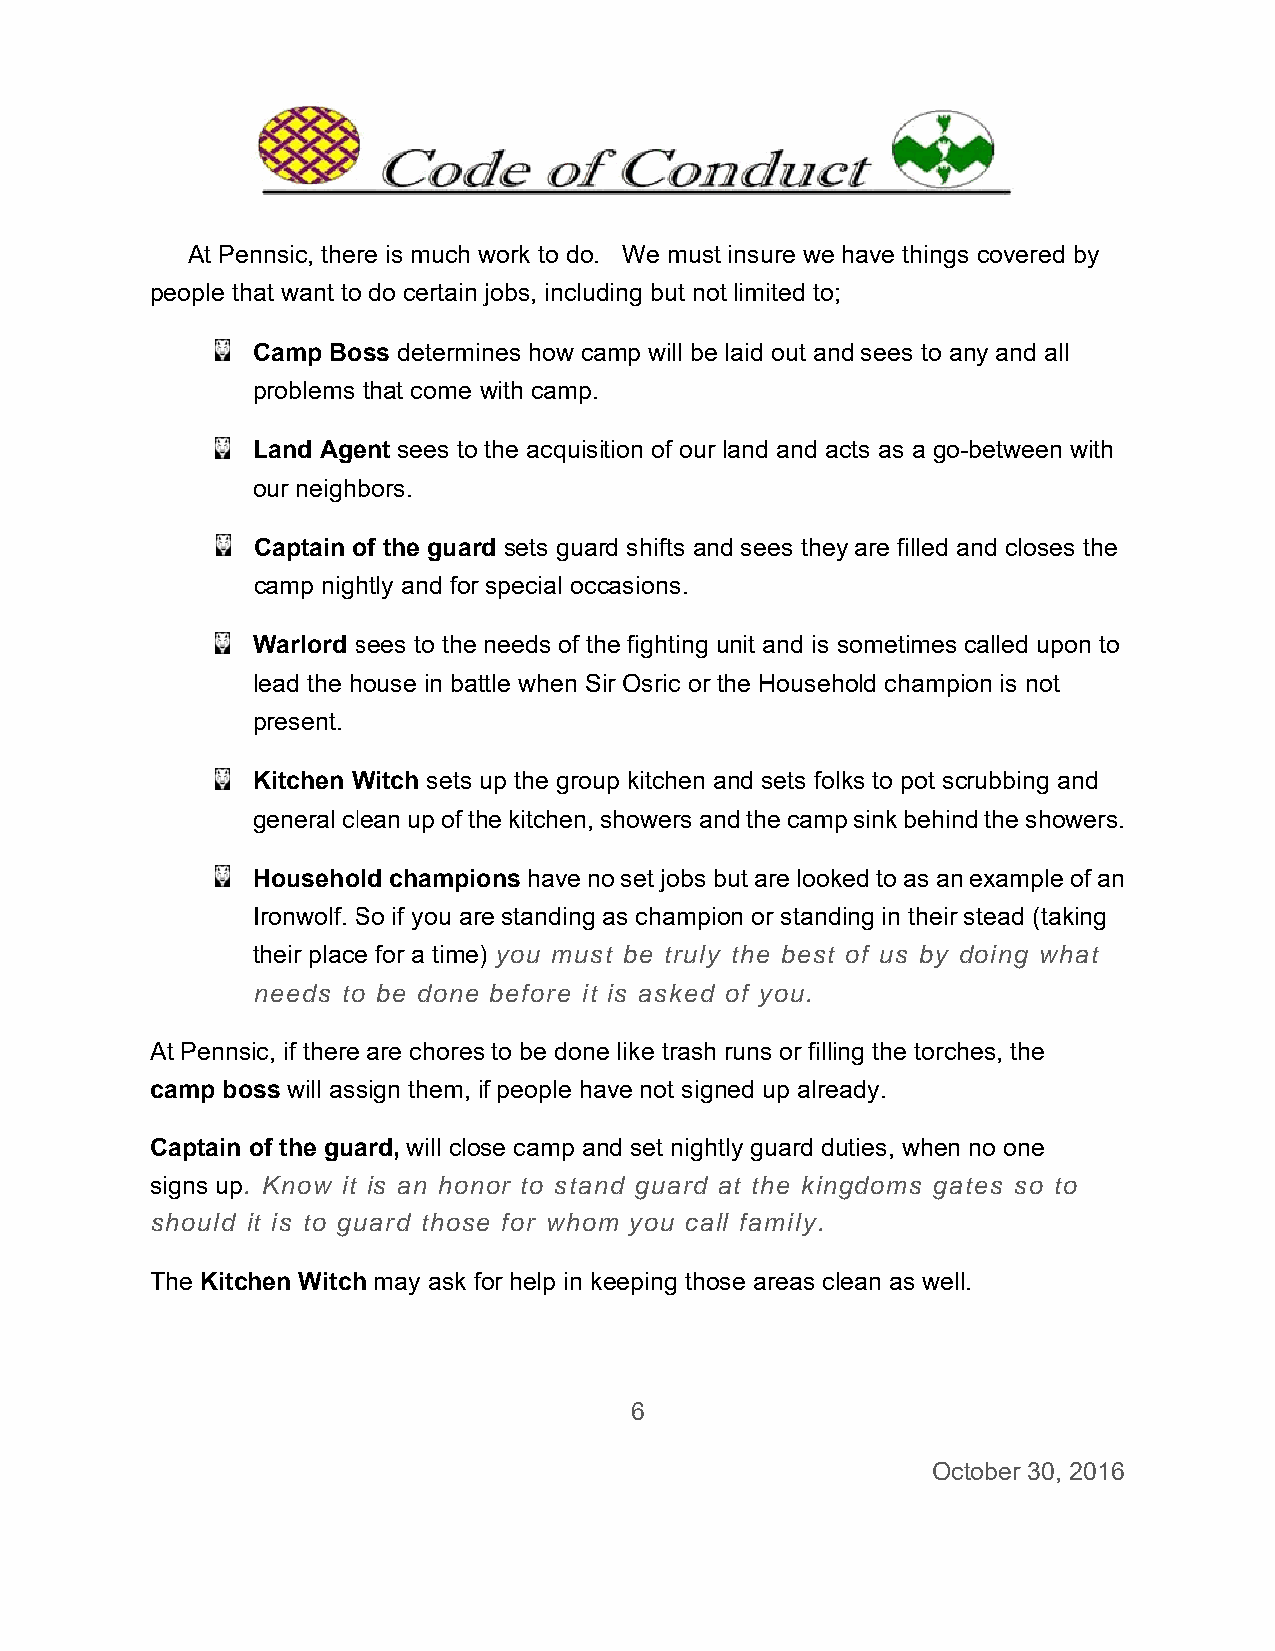
At Peennsic, there is much work to do. We mustt insure we have thinggs covered by
 people tthat want too do certain jobs, including but noot limited to;
 Camp Booss determines how caamp will bee laid out annd sees to aany and all
 problems that come with camp..
 Land Ageent sees too the acquissition of ourr land and aacts as a goo-between wwith
 our neighbors.
 Captain oof the guarrd sets guaard shifts annd sees theey are filled and closess the
 camp nighhtly and forr special occcasions.
 Warlord ssees to the needs of thhe fighting unit and is sometimess called upoon to
 lead the hhouse in baattle when SSir Osric or the Househhold champpion is not
 present.
 Kitchen WWitch sets up the grouup kitchen aand sets foolks to pot sscrubbing and
 general cllean up of thhe kitchen,showers annd the camp sink behinnd the showwers.
 Househoold champions have nno set jobs bbut are lookked to as ann example oof an
 Ironwolf. SSo if you arre standing as champiion or standding in theirr stead (takking
 their placee for a timee) you musst be trulyy the bestt of us by doing what
 needs too be donee before itt is asked of you.
 At Pennsic, if theree are choress to be done like trashh runs or filling the torcches, the
 camp boss will asssign them, if people haave not signed up alreeady.
 Captainn of the guaard, will cloose camp and set nighhtly guard duties, whenn no one
 signs upp. Know it is an honnor to stannd guard at the kinngdoms gaates so too
 should it is to guuard those for whom you call family.
 The Kitcchen Witchh may ask ffor help in kkeeping thoose areas cclean as weell.
 6
 Occtober 30, 22016